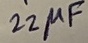
Text: 22µF